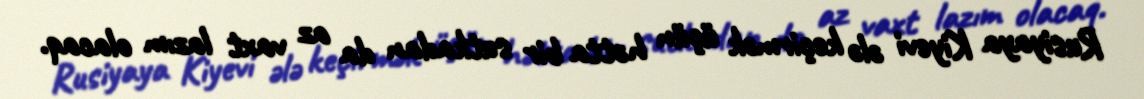
Rusiyaya Kiyevi ələ keçirmək üçün hətta bir sutkadan da az vaxt lazım olacaq.